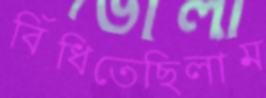
বিঁধিতেছিলাম